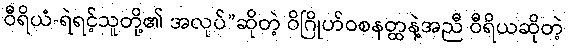
ဝီရိယံ-ရဲရင့်သူတို့၏ အလုပ်”ဆိုတဲ့ ဝိဂြိုဟ်ဝစနတ္ထနဲ့အညီ ဝီရိယဆိုတဲ့